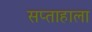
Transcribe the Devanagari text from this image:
सप्‍ताहाला